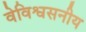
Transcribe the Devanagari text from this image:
वेविश्वसनीय